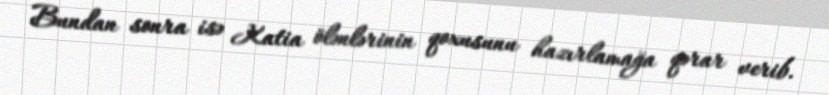
Bundan sonra isə Katia ölənlərinin qoxusunu hazırlamağa qərar verib.